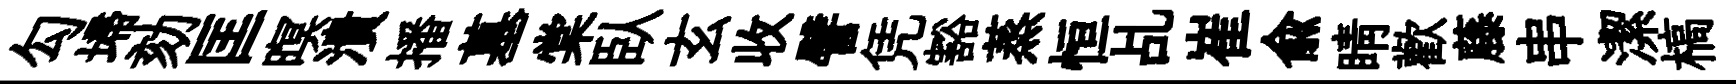
勾埽劾匡暝潰播墓棠臥玄收譬凭豁蒸恒乩崔兪睛歡藤串潔槁